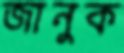
জানুক